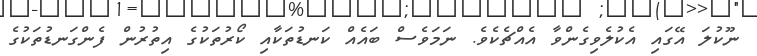
ނޫކުލަ އޭގައި އެކުލެވިގެންވާ އެއްޗެކެވެ. ނަމަވެސް ބައެއް ކަނޑުތަކާއި ކޯރުތަކުގެ އިތުރުން ފެންގަނޑުތަކުގެ